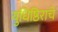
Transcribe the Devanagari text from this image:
युधिष्ठिराचे